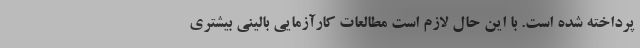
پرداخته شده است. با این حال لازم است مطالعات کارآزمایی بالینی بیشتری